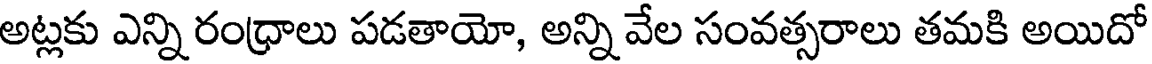
అట్లకు ఎన్ని రంధ్రాలు పడతాయో, అన్ని వేల సంవత్సరాలు తమకి అయిదో